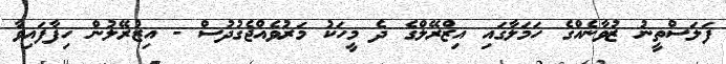
ފަލަސްތީނު ޒުވާނެއްގެ ހަމަލާގައި އިޒްރޭލްގެ ދެ މީހަކު މަރުވެއްޖެގުދުސް - އިޒުރޭލުން ހިފާފައިވާ